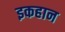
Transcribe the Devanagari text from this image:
इकहान